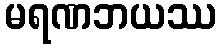
မရဏဘယဿ